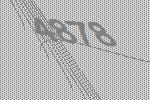
4878